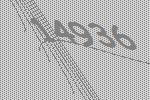
14936